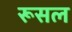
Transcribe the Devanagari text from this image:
रूसल